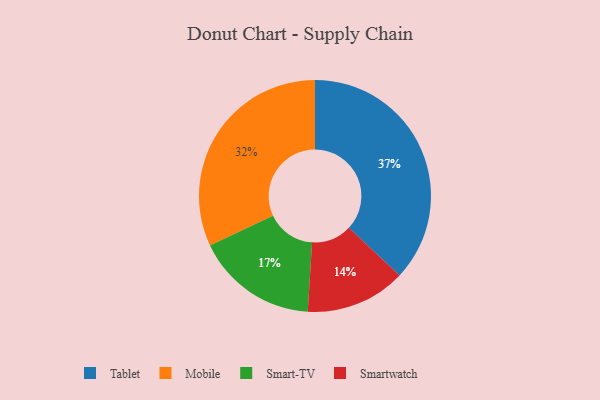
{"axis": {"x": "Category", "y": "Percentage"}, "legend": ["Mobile", "Smart-TV", "Smartwatch", "Tablet"], "data": [{"x": "Tablet", "y": 37, "type": "Tablet"}, {"x": "Smartwatch", "y": 14, "type": "Smartwatch"}, {"x": "Mobile", "y": 32, "type": "Mobile"}, {"x": "Smart-TV", "y": 17, "type": "Smart-TV"}]}